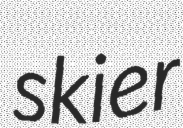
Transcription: skier